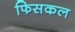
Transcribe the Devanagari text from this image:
फिसकल